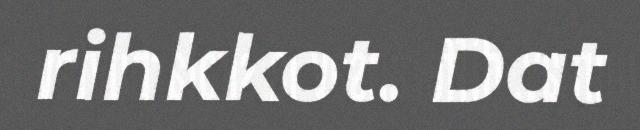
rihkkot. Dat